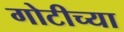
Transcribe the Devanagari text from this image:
गोटीच्या